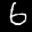
Label: 6